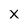
Character: X